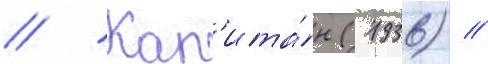
// Кап'ита́н (1936) //